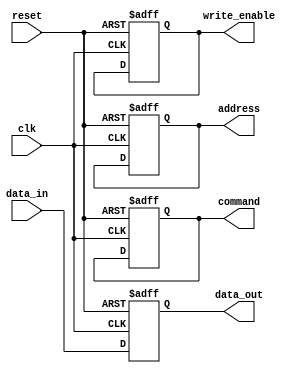
module DDR_SDRAM (
   input wire clk,
   input wire reset,
   input wire data_in,
   output wire data_out,
   output wire address,
   output wire command,
   output wire write_enable
);

   // Declare signals for internal logic
   reg [7:0] data_reg;
   reg [7:0] address_reg;
   reg [1:0] command_reg;
   reg write_enable_reg;

   // Sequential logic for capturing data on rising edge of clock
   always @(posedge clk or posedge reset) begin
      if (reset) begin
         data_reg <= 8'b0;
         address_reg <= 8'b0;
         command_reg <= 2'b00;
         write_enable_reg <= 1'b0;
      end else begin
         data_reg <= data_in;
         address_reg <= address;
         command_reg <= command;
         write_enable_reg <= write_enable;
      end
   end

   // Output signals
   assign data_out = data_reg;
   assign address = address_reg;
   assign command = command_reg;
   assign write_enable = write_enable_reg;

endmodule